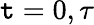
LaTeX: \mathtt{t}=0,\tau